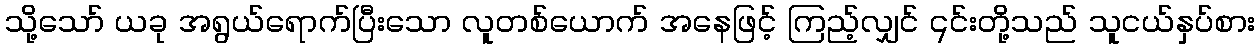
သို့သော် ယခု အရွယ်ရောက်ပြီးသော လူတစ်ယောက် အနေဖြင့် ကြည့်လျှင် ၎င်းတို့သည် သူငယ်နှပ်စား